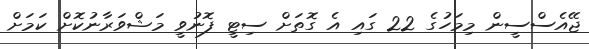
ޖޭއެސްސީން މިމަހުގެ 22 ގައި އެ ގޮތަށް ސިޓީ ފޮނުވީ މަޝްވަރާނުކޮށް ކަމަށް